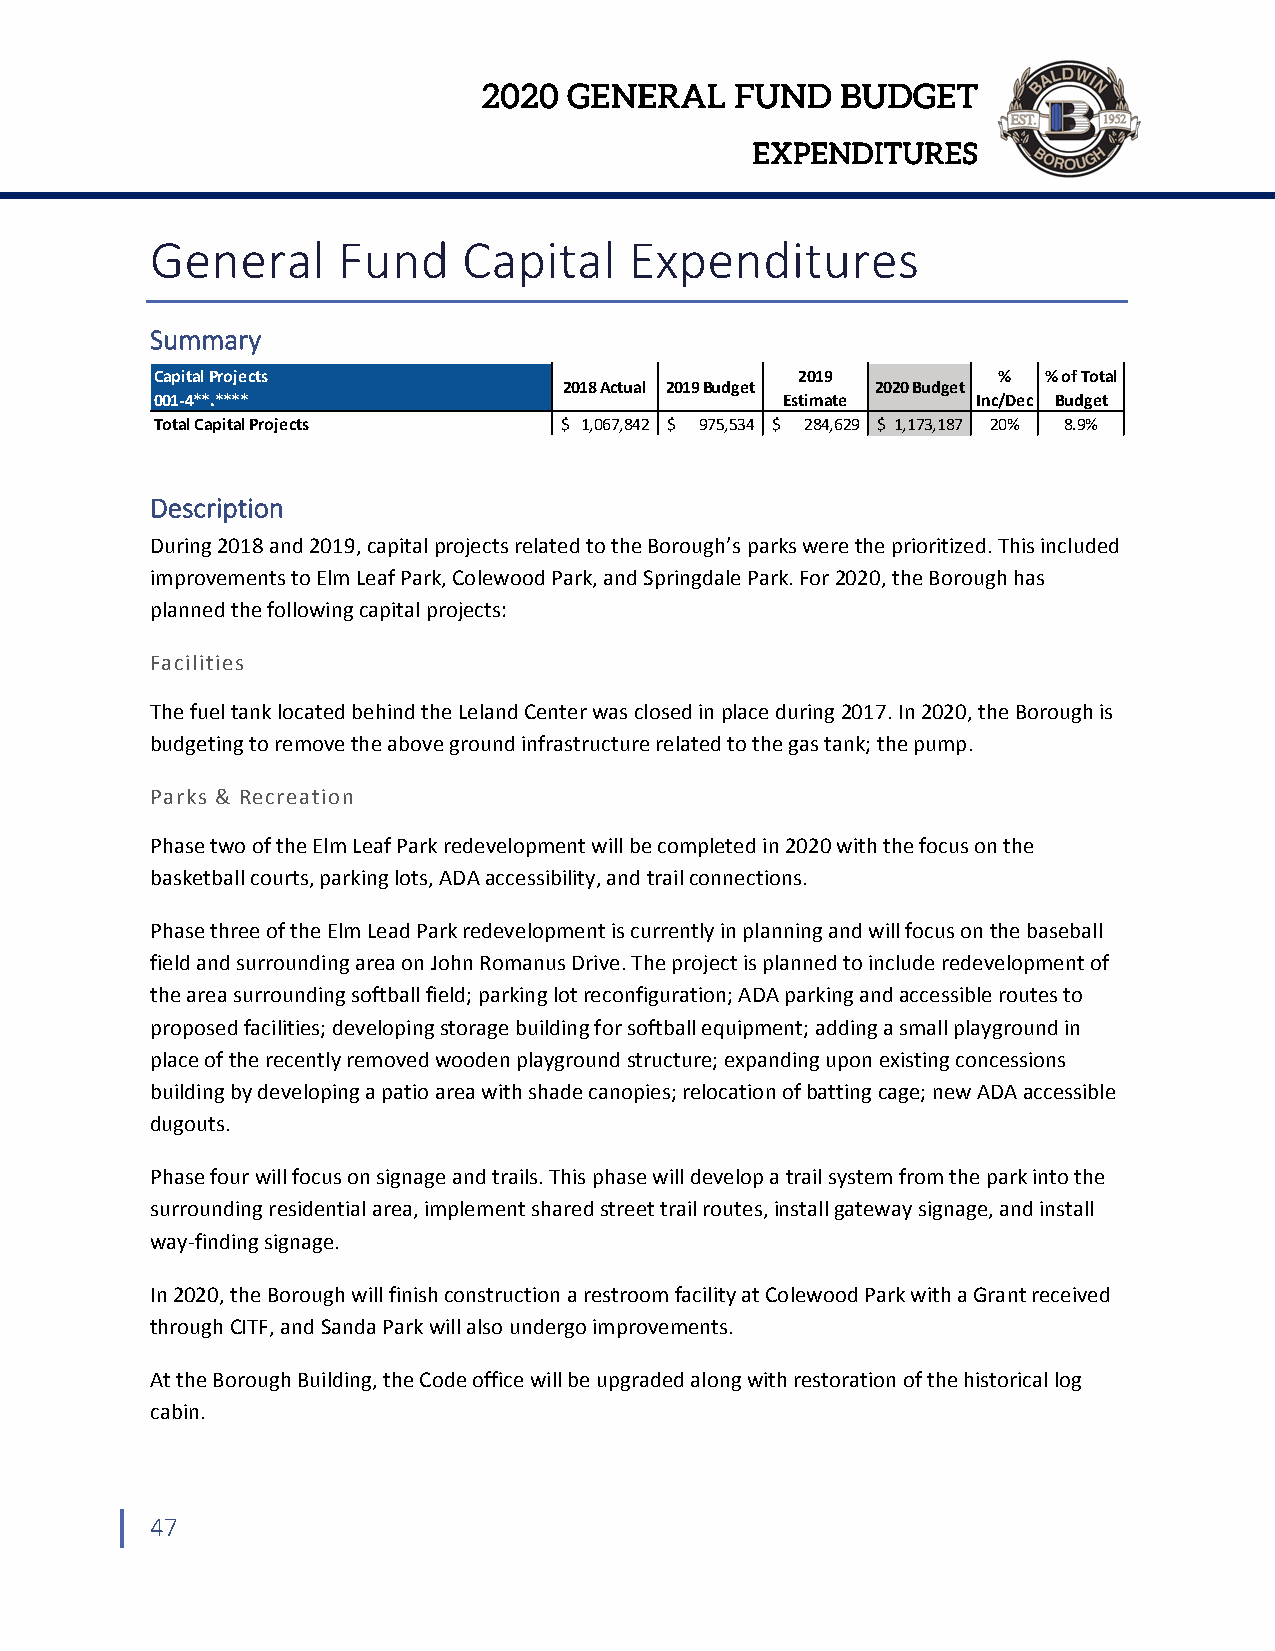
2020  GENERAL    FUND   BUDGET
 EXPENDITURES
 General     Fund     Capital    Expenditures
 Summary
 Capital Projects                           2019         %  % of Total
 2018 Actual 2019 Budget 2020 Budget
 001‐4**.****                              Estimate     Inc/Dec Budget
 Total Capital Projects     $ 1,067,842 $ 975,534 $ 284,629 $ 1,173,187 20% 8.9%
 Description
 During 2018 and 2019, capital projects related to the Borough’s parks were the prioritized. This included
 improvements to Elm Leaf Park, Colewood Park, and Springdale Park. For 2020, the Borough has
 planned the following capital projects:
 Facilities
 The fuel tank located behind the Leland Center was closed in place during 2017. In 2020, the Borough is
 budgeting to remove the above ground infrastructure related to the gas tank; the pump.
 Parks & Recreation
 Phase two of the Elm Leaf Park redevelopment will be completed in 2020 with the focus on the
 basketball courts, parking lots, ADA accessibility, and trail connections.
 Phase three of the Elm Lead Park redevelopment is currently in planning and will focus on the baseball
 field and surrounding area on John Romanus Drive. The project is planned to include redevelopment of
 the area surrounding softball field; parking lot reconfiguration; ADA parking and accessible routes to
 proposed facilities; developing storage building for softball equipment; adding a small playground in
 place of the recently removed wooden playground structure; expanding upon existing concessions
 building by developing a patio area with shade canopies; relocation of batting cage; new ADA accessible
 dugouts.
 Phase four will focus on signage and trails. This phase will develop a trail system from the park into the
 surrounding residential area, implement shared street trail routes, install gateway signage, and install
 way‐finding signage.
 In 2020, the Borough will finish construction a restroom facility at Colewood Park with a Grant received
 through CITF, and Sanda Park will also undergo improvements.
 At the Borough Building, the Code office will be upgraded along with restoration of the historical log
 cabin.
 47